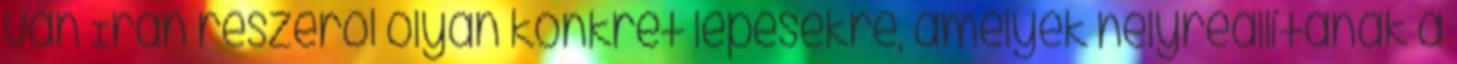
van Irán részéről olyan konkrét lépésekre, amelyek helyreállítanák a